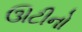
ઊટીનો